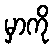
မှာကို